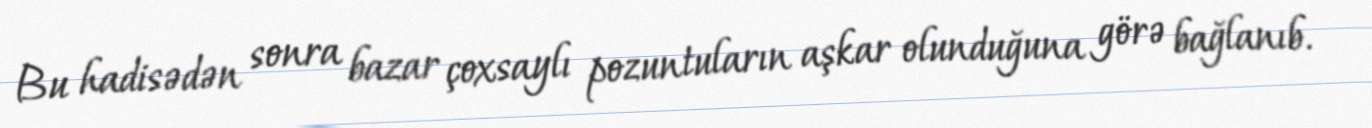
Bu hadisədən sonra bazar çoxsaylı pozuntuların aşkar olunduğuna görə bağlanıb.